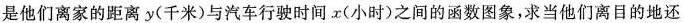
是他们离家的距离y(千米)与汽车行驶时间x(小时)之间的函数图象，求当他们离目的地还